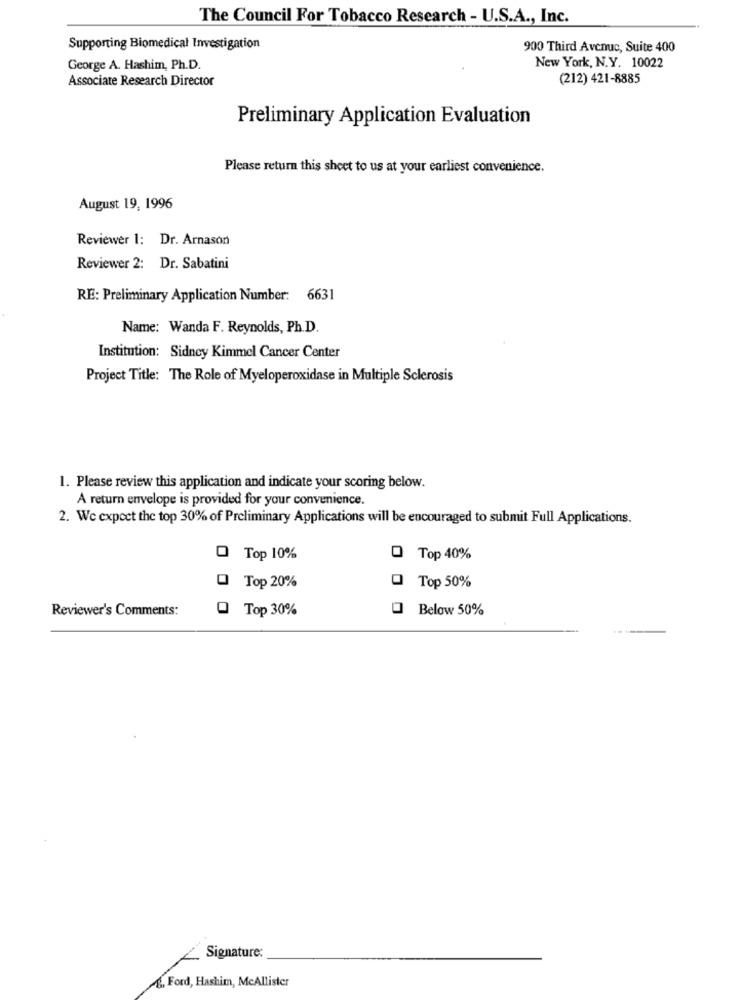
The Council For Tobacco Research - U.S.A ., Inc.
Supporting Biomedical Investigation
900 Third Avenue, Suite 400
George A. Hashim, Ph.D.
New York, N.Y. 10022
Associate Research Director
(212) 421-8885
Preliminary Application Evaluation
Please return this sheet to us at your earliest convenience.
August 19, 1996
Reviewer 1: Dr. Arnason
Reviewer 2: Dr. Sabatini
RE: Preliminary Application Number: 6631
Name: Wanda F. Reynolds, Ph.D.
Institution: Sidney Kimmel Cancer Center
Project Title: The Role of Myeloperoxidase in Multiple Sclerosis
1. Please review this application and indicate your scoring below.
A return envelope is provided for your convenience.
2. We expect the top 30% of Preliminary Applications will be encouraged to submit Full Applications.
0
Top 10%
O Top 40%
0 Top 20%
0 Top 50%
Reviewer's Comments:
Top 30%
Below 50%
Signature:
A ,, Ford, Hashim, McAllister